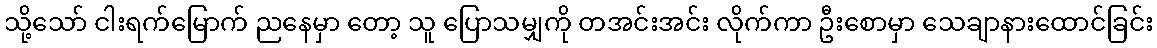
သို့သော် ငါးရက်မြောက် ညနေမှာ တော့ သူ ပြောသမျှကို တအင်းအင်း လိုက်ကာ ဦးစောမှာ သေချာနားထောင်ခြင်း